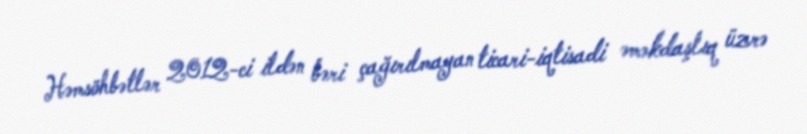
Həmsöhbətlər 2012-ci ildən bəri çağırılmayan ticari-iqtisadi əməkdaşlıq üzrə